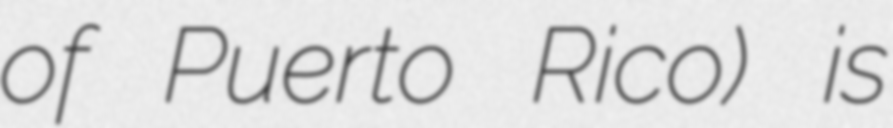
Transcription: of Puerto Rico) is